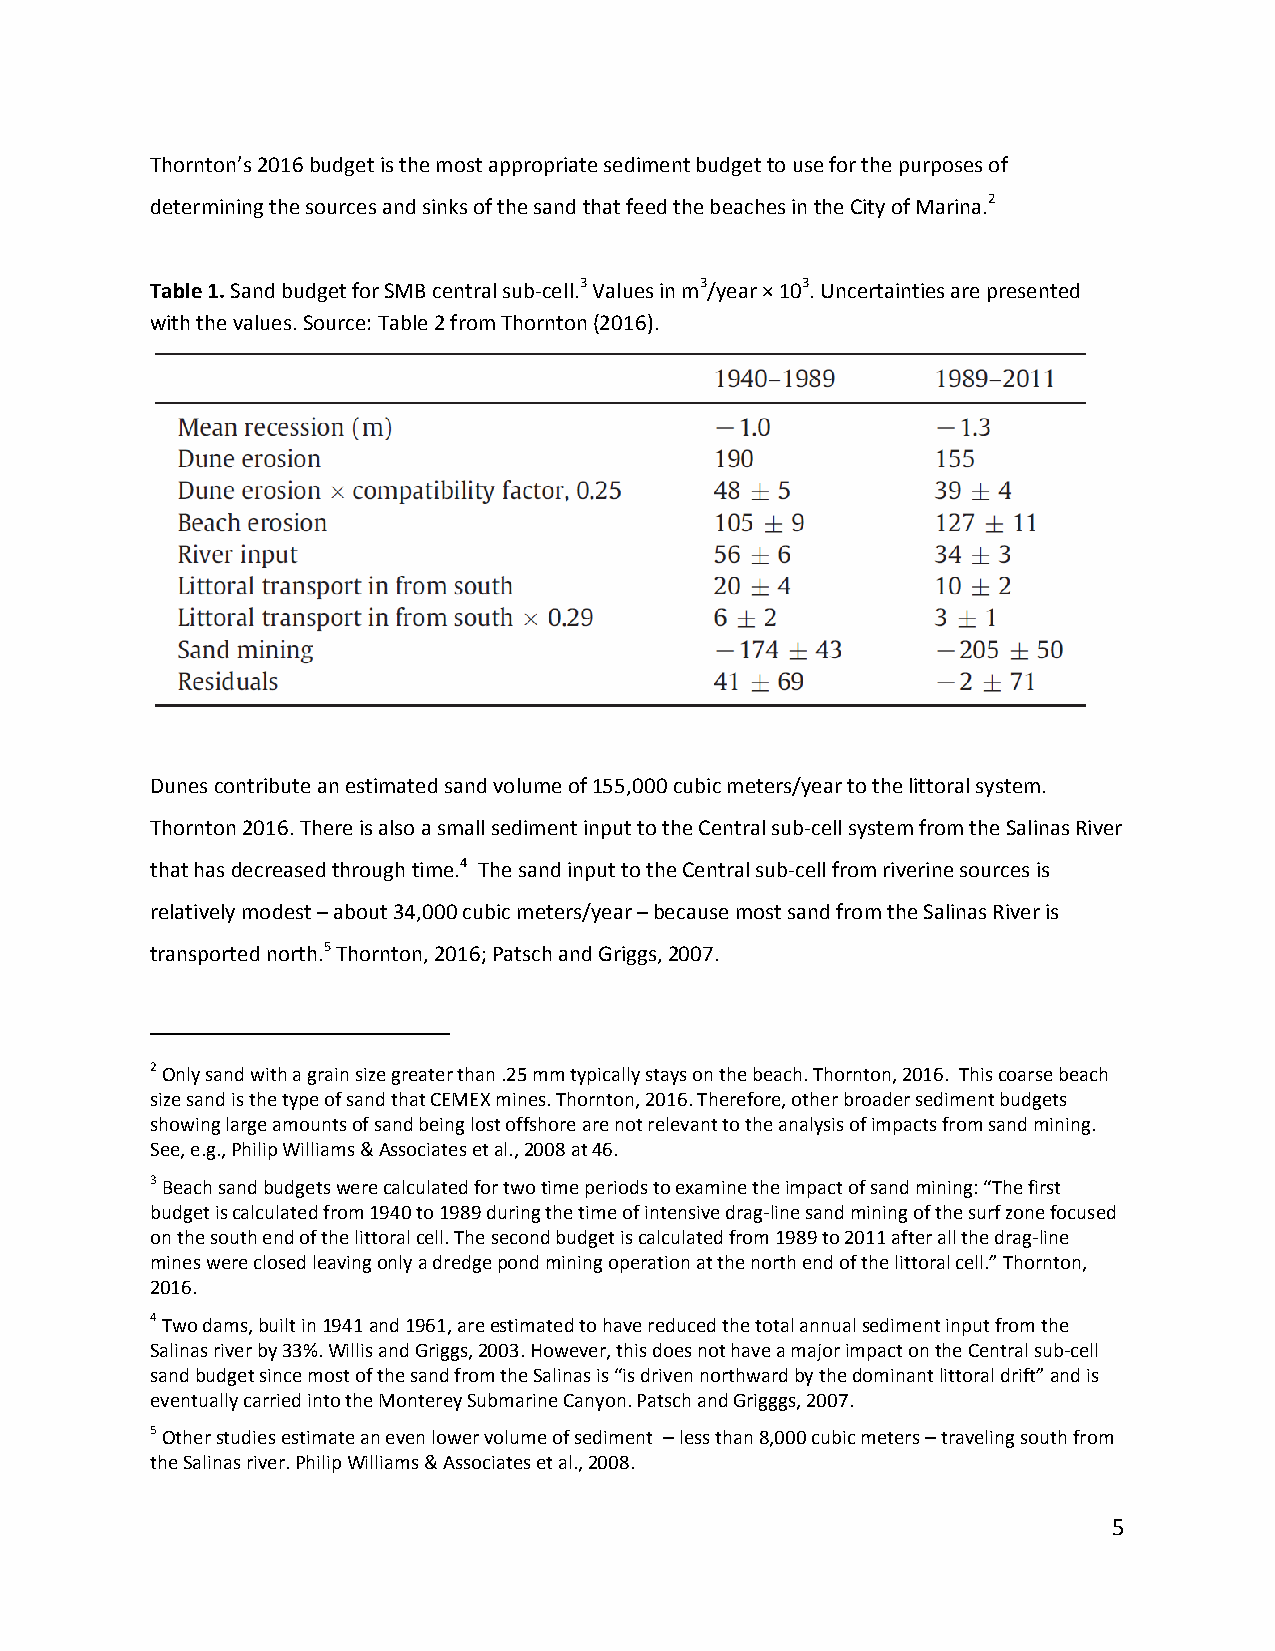
Thornton’s 2016 budget is the most appropriate sediment budget to use for the purposes of
 determining the sources and sinks of the sand that feed the beaches in the City of Marina.2
 Table 1. Sand budget for SMB central sub‐cell.3 Values in m3/year × 103. Uncertainties are presented
 with the values. Source: Table 2 from Thornton (2016).
 Dunes contribute an estimated sand volume of 155,000 cubic meters/year to the littoral system.
 Thornton 2016. There is also a small sediment input to the Central sub‐cell system from the Salinas River
 that has decreased through time.4 The sand input to the Central sub‐cell from riverine sources is
 relatively modest – about 34,000 cubic meters/year – because most sand from the Salinas River is
 transported north.5 Thornton, 2016; Patsch and Griggs, 2007.
 2 Only sand with a grain size greater than .25 mm typically stays on the beach. Thornton, 2016. This coarse beach
 size sand is the type of sand that CEMEX mines. Thornton, 2016. Therefore, other broader sediment budgets
 showing large amounts of sand being lost offshore are not relevant to the analysis of impacts from sand mining.
 See, e.g., Philip Williams & Associates et al., 2008 at 46.
 3 Beach sand budgets were calculated for two time periods to examine the impact of sand mining: “The first
 budget is calculated from 1940 to 1989 during the time of intensive drag‐line sand mining of the surf zone focused
 on the south end of the littoral cell. The second budget is calculated from 1989 to 2011 after all the drag‐line
 mines were closed leaving only a dredge pond mining operation at the north end of the littoral cell.” Thornton,
 2016.
 4 Two dams, built in 1941 and 1961, are estimated to have reduced the total annual sediment input from the
 Salinas river by 33%. Willis and Griggs, 2003. However, this does not have a major impact on the Central sub‐cell
 sand budget since most of the sand from the Salinas is “is driven northward by the dominant littoral drift” and is
 eventually carried into the Monterey Submarine Canyon. Patsch and Grigggs, 2007.
 5 Other studies estimate an even lower volume of sediment – less than 8,000 cubic meters – traveling south from
 the Salinas river. Philip Williams & Associates et al., 2008.
 5